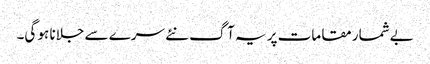
بےشمار مقامات پر یہ آگ نئے سرے سے جلانا ہو گی۔